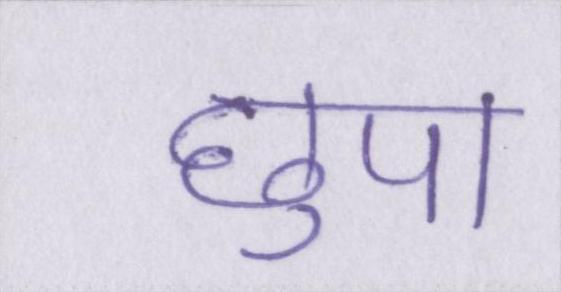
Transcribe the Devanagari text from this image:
छुपा